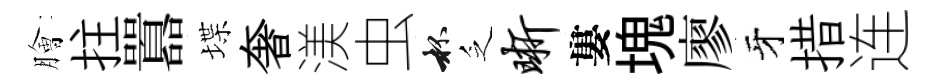
膾拄囂堞奢渼虫杯乏晰婁塊廖牙措连